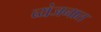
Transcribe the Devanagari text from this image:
व्यंजनात